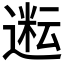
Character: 𬨿